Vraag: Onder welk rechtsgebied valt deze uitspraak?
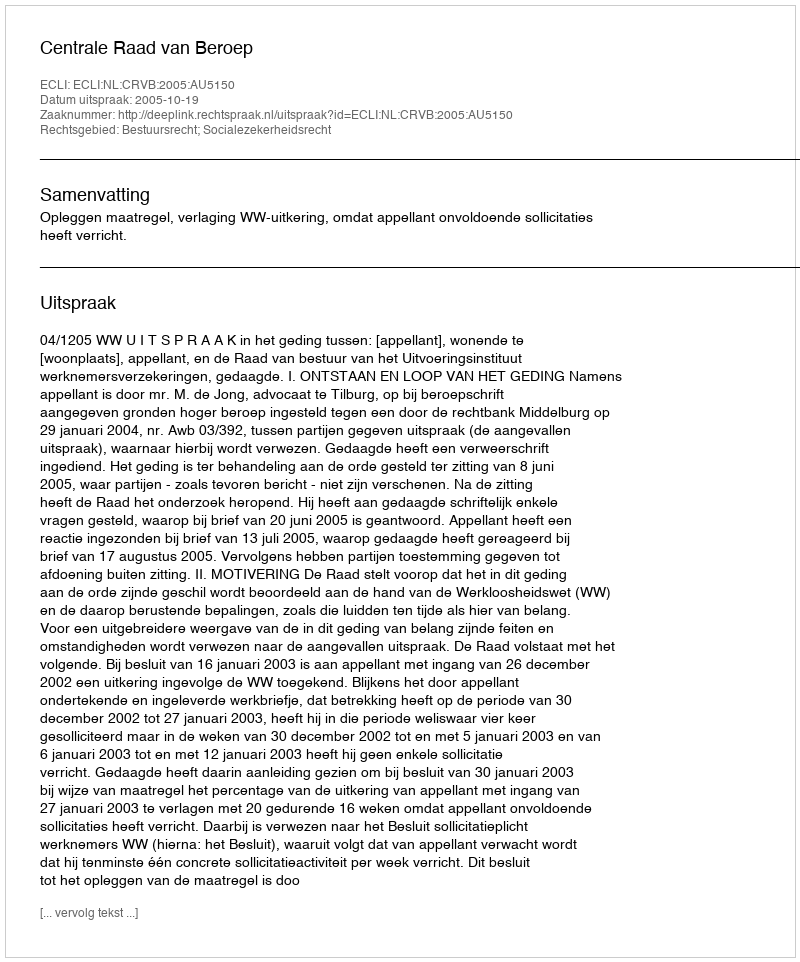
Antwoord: Bestuursrecht; Socialezekerheidsrecht